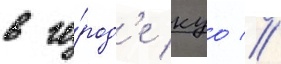
в го́род'е куо //